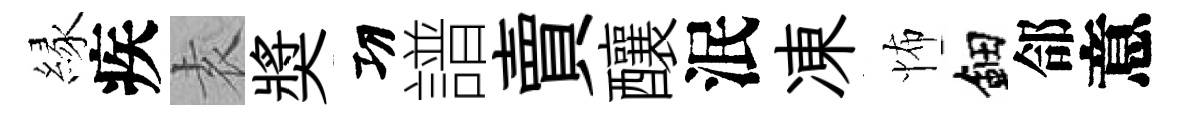
縁疾𡊮奬㓛譜賣釀泯凍怖鈿郃意